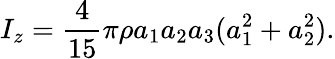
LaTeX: I_{z}=\frac{4}{15}\pi\rho a_{1}a_{2}a_{3}(a_{1}^{2}+a_{2}^{2}).